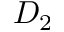
D _ { 2 }